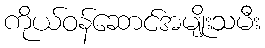
ကိုယ်ဝန်ဆောင်အမျိုးသမီး